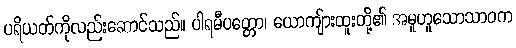
ပရိယတ်ကိုလည်းဆောင်သည်။ ပါရမီပတ္တော၊ ယောကျ်ားထူးတို့၏ အမူဟူသောသာဝက